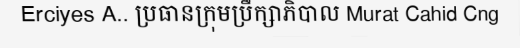
Erciyes A.. ប្រធានក្រុមប្រឹក្សាភិបាល Murat Cahid Cng